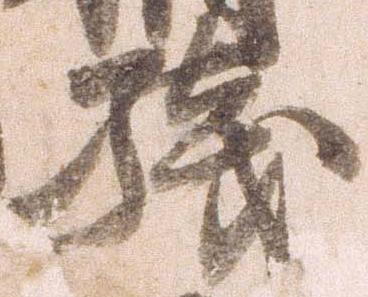
残